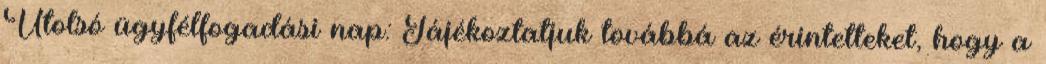
Utolsó ügyfélfogadási nap: Tájékoztatjuk továbbá az érintetteket, hogy a